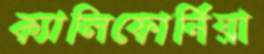
ক্যালিফোর্নিয়া